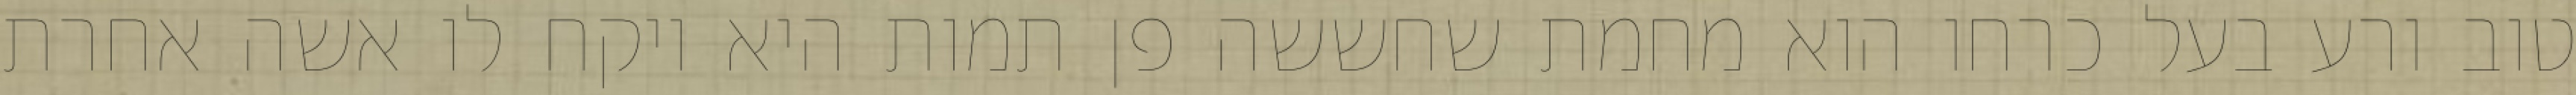
טוב ורע בעל כרחו הוא מחמת שחששה פן תמות היא ויקח לו אשה אחרת